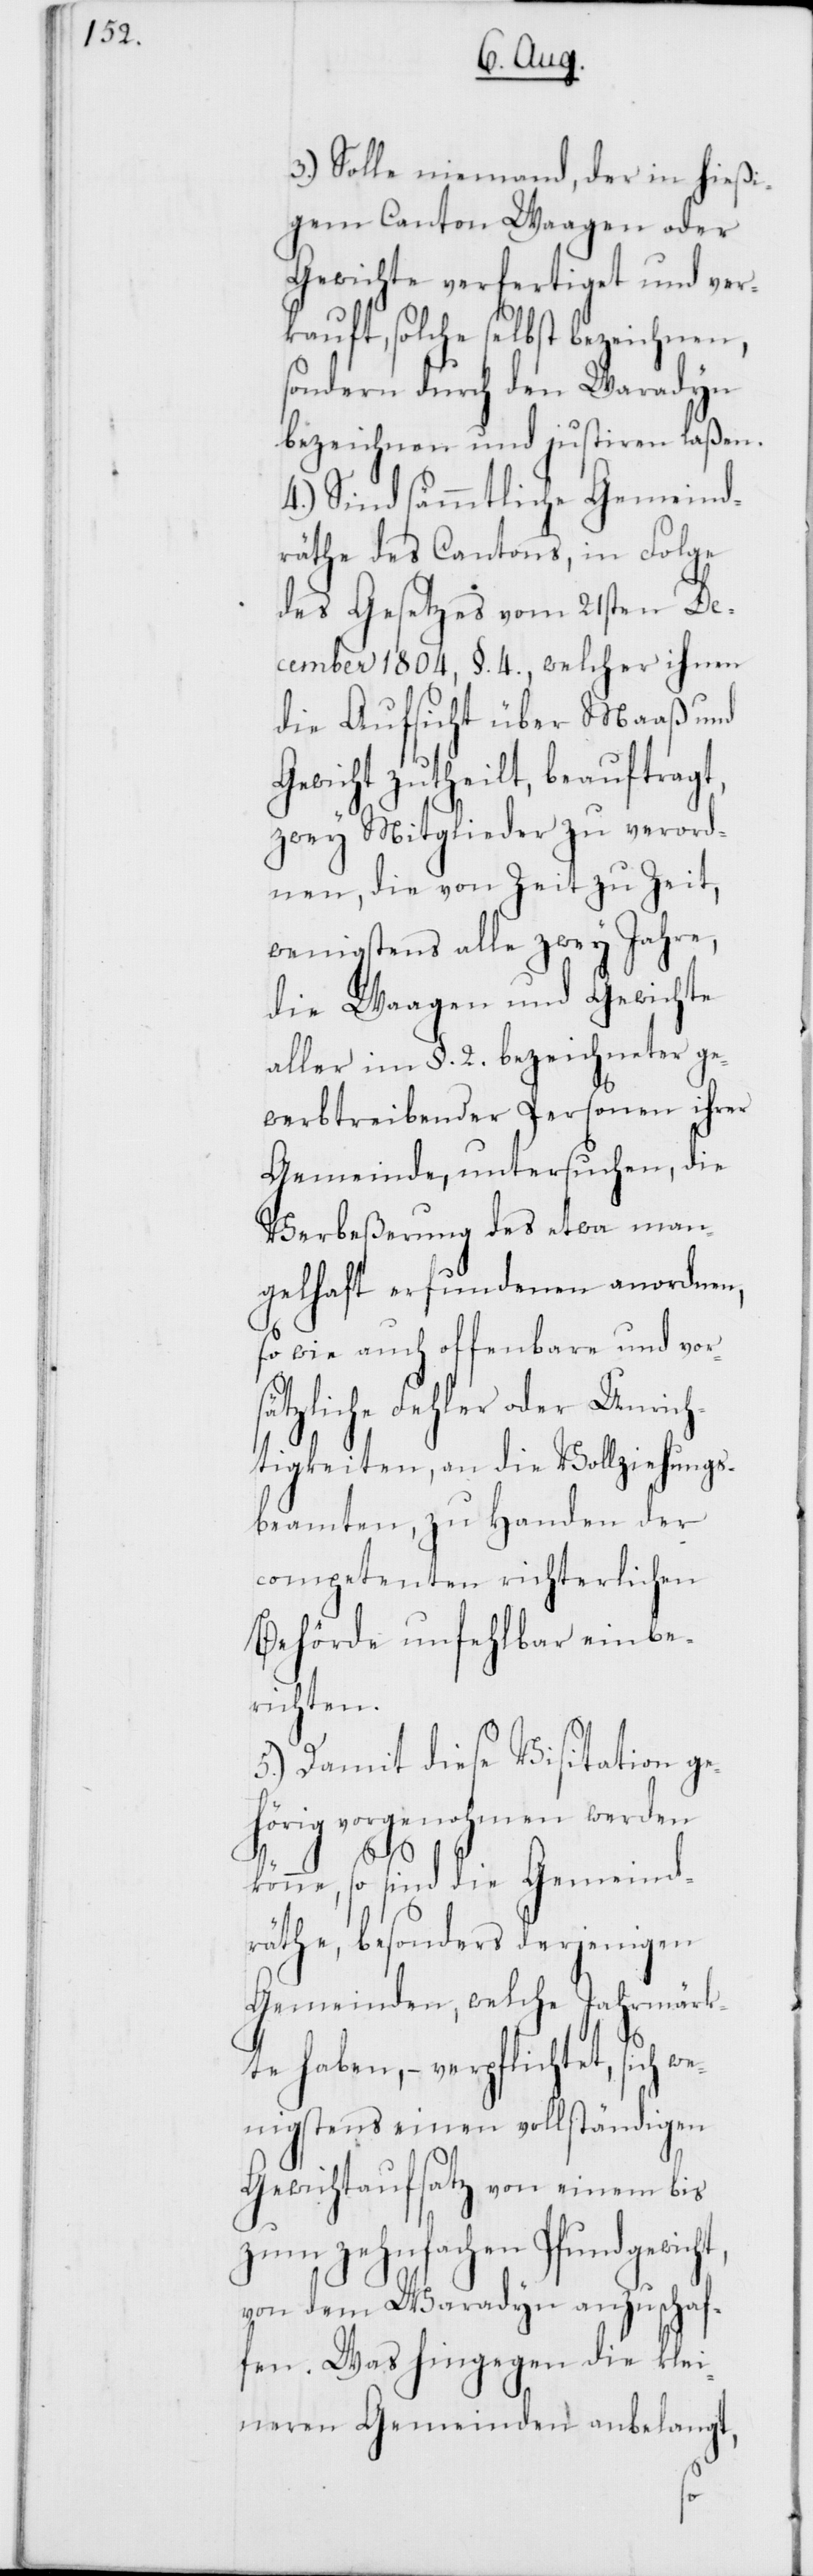
3.) Solle niemand, der in hießi¬
gem Canton Waagen oder
Gewichte verfertiget und ver¬
kauft, solche selbst bezeichnen,
sondern durch den Waradyn
bezeichnen und justieren laßen.
4.) Sind sämmtliche Gemeind¬
räthe des Cantons, in Folge
des Gesetzes vom 21sten De¬
cember 1804, §. 4., welcher ihnen
die Aufsicht über Maaß und
Gewicht zutheilt, beauftragt,
zwey Mitglieder zu verord¬
nen, die von Zeit zu Zeit,
wenigstens alle zwey Jahre,
die Waagen und Gewichte
aller im §. 2. bezeichneter ge¬
werbtreibender Personen ihrer
Gemeinde, untersuchen, die
Verbeßerung des etwa man¬
gelhaft erfundenen anordnen,
so wie auch offenbare und vors¬
ätzliche Fehler oder Unrich¬
tigkeiten, an die Vollziehungs¬
beamten, zu Handen der
competenten richterlichen
Behörde unfehlbar einbe¬
richten.
5.) Damit diese Visitation ge¬
hörig vorgenohmen werden
könne, so sind die Gemeind¬
räthe, besonders derjenigen
Gemeinden, welche Jahrmärk¬
te haben, – verpflichtet, sich
wenigstens einen vollständigen
Gewichtaufsatz von einem bis
zum zehnfachen Pfundgewicht,
von dem Waradyn anzuschaf¬
fen. Was hingegen die klei¬
neren Gemeinden anbelangt,